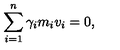
\sum _ { i = 1 } ^ { n } \gamma _ { i } m _ { i } v _ { i } = 0 ,